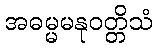
အဓမ္မမနုဝတ္တိသံ